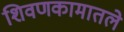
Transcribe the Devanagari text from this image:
शिवणकामातले